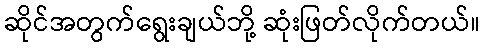
ဆိုင်အတွက်ရွေးချယ်ဘို့ ဆုံးဖြတ်လိုက်တယ်။